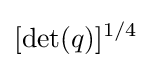
[\det(q)]^{1/4}